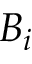
B _ { i }